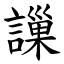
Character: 䜈